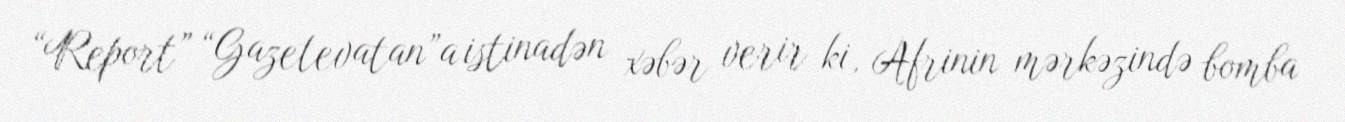
“Report” “Gazetevatan”a istinadən xəbər verir ki, Afrinin mərkəzində bomba